Scottish Certificate of Education, 1962
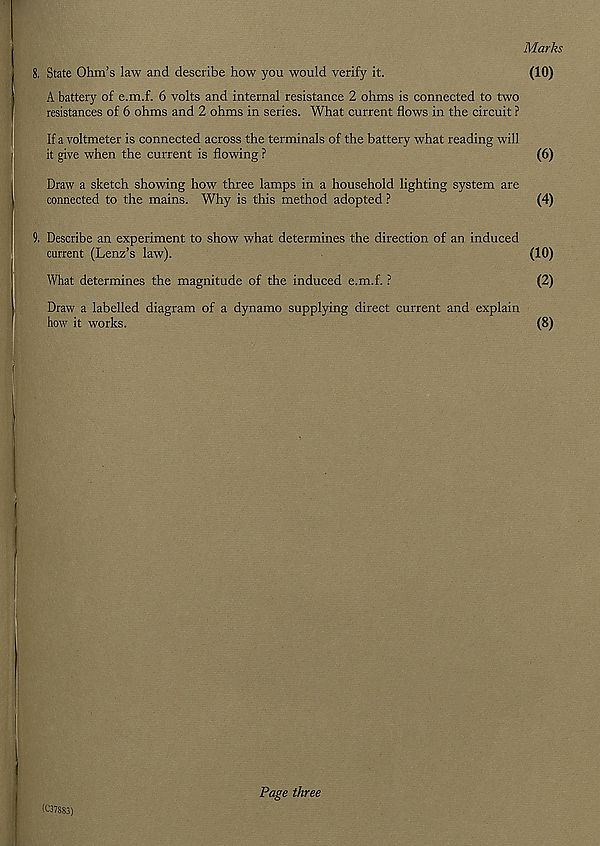
Marks
8. State Ohm’s law and describe how you would verify it.
(10)
A battery of e.m.f. 6 volts and internal resistance 2 ohms is connected to two
resistances of 6 ohms and 2 ohms in series. What current flows in the circuit ?
If a voltmeter is connected across the terminals of the battery what reading will
it give when the current is flowing ?
(6)
Draw a sketch showing how three lamps in a household lighting system are
connected to the mains. Why is this method adopted ?
(4)
9. Describe an experiment to show what determines the direction of an induced
current (Lenz’s law).
(10)
What determines the magnitude of the induced e.m.f. ?
(2)
Draw a labelled diagram of a dynamo supplying direct current and explain
how it works.
(8)
(C378S3)
Page three